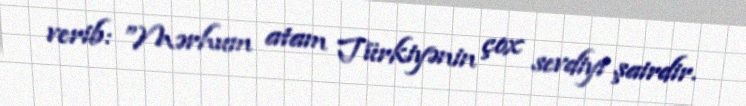
verib: ”Mərhum atam Türkiyənin çox sevdiyi şairdir.